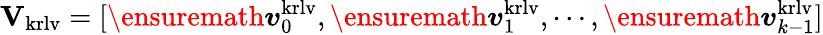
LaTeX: \mathbf{V}_{\mathrm{krlv}}=[\ensuremath\boldsymbol{v}_{0}^{\mathrm{krlv}},\ensuremath\boldsymbol{v}_{1}^{\mathrm{krlv}},\cdots,\ensuremath\boldsymbol{v}_{k-1}^{\mathrm{krlv}}]